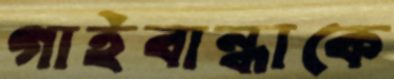
গাইবান্ধাকে